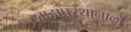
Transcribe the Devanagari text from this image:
महाप्रस्थानाला